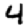
Digit: 4